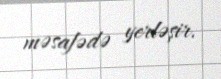
məsafədə yerləşir.